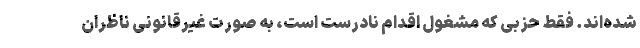
شده‌اند. فقط حزبی که مشغول اقدام نادرست است، به صورت غیرقانونی ناظران